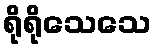
ရိုရိုသေသေ